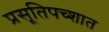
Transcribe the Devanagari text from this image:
प्रसूतिपच्शात